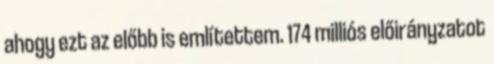
ahogy ezt az előbb is említettem. 174 milliós előirányzatot